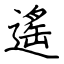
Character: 遙